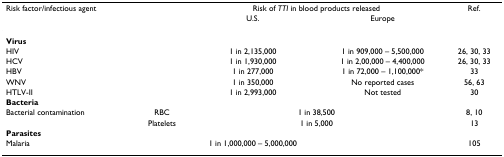
<table><thead><tr><td><b>Risk factor/infectious agent</b></td><td></td><td colspan="2"><b>Risk of <i>TTI </i>in blood products released</b></td><td><b>Ref.</b></td></tr><tr><td></td><td></td><td><b>U.S.</b></td><td><b>Europe</b></td><td></td></tr></thead><tbody><tr><td><b>Virus</b></td><td></td><td></td><td></td><td></td></tr><tr><td>HIV</td><td></td><td>1 in 2,135,000</td><td>1 in 909,000 – 5,500,000</td><td>26, 30, 33</td></tr><tr><td>HCV</td><td></td><td>1 in 1,930,000</td><td>1 in 2,00,000 – 4,400,000</td><td>26, 30, 33</td></tr><tr><td>HBV</td><td></td><td>1 in 277,000</td><td>1 in 72,000 – 1,100,000*</td><td>33</td></tr><tr><td>WNV</td><td></td><td>1 in 350,000</td><td>No reported cases</td><td>56, 63</td></tr><tr><td>HTLV-II</td><td></td><td>1 in 2,993,000</td><td>Not tested</td><td>30</td></tr><tr><td><b>Bacteria</b></td><td></td><td></td><td></td><td></td></tr><tr><td>Bacterial contamination</td><td>RBC</td><td colspan="2">1 in 38,500</td><td>8, 10</td></tr><tr><td></td><td>Platelets</td><td colspan="2">1 in 5,000</td><td>13</td></tr><tr><td><b>Parasites</b></td><td></td><td></td><td></td><td></td></tr><tr><td>Malaria</td><td></td><td>1 in 1,000,000 – 5,000,000</td><td></td><td>105</td></tr></tbody></table>